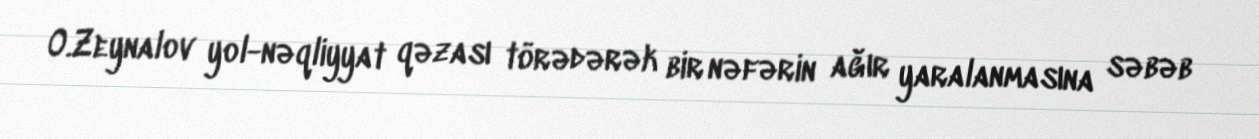
O.Zeynalov yol-nəqliyyat qəzası törədərək bir nəfərin ağır yaralanmasına səbəb